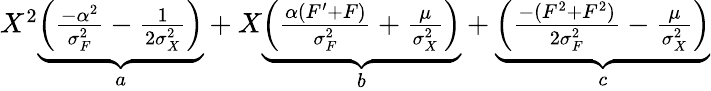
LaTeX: \begin{array}{r}{X^{2}\underbrace{\left(\frac{-\alpha^{2}}{\sigma_{F}^{2}}-\frac{1}{2\sigma_{X}^{2}}\right)}_{a}+X\underbrace{\left(\frac{\alpha(F^{\prime}+F)}{\sigma_{F}^{2}}+\frac{\mu}{\sigma_{X}^{2}}\right)}_{b}+\underbrace{\left(\frac{-(F^{2}+F^{2})}{2\sigma_{F}^{2}}-\frac{\mu}{\sigma_{X}^{2}}\right)}_{c}}\end{array}